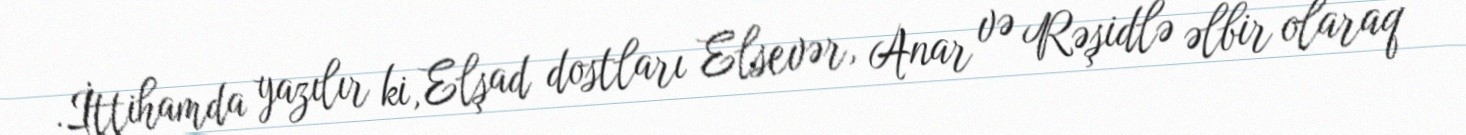
.İttihamda yazılır ki, Elşad dostları Elsevər, Anar və Rəşidlə əlbir olaraq